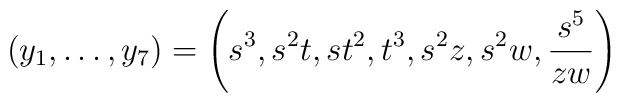
(y_1,\ldots,y_7)=\left(s^3,s^2 t,s t^2,t^3,s^2 z,s^2 w,\frac{s^5}{z w}\right)